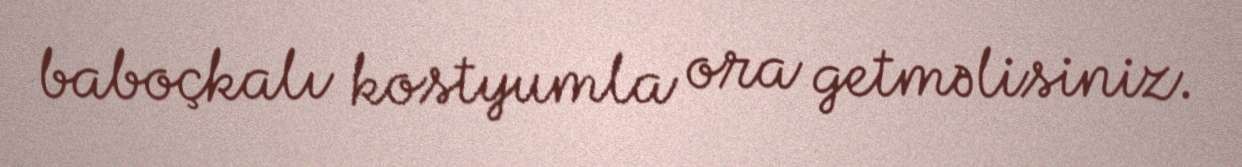
baboçkalı kostyumla ora getməlisiniz.